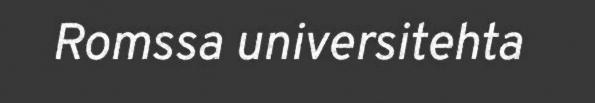
Romssa universitehta